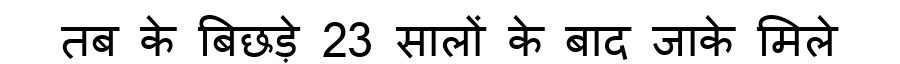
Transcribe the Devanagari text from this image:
तब के बिछड़े 23 सालों के बाद जाके मिले